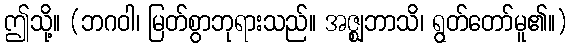
ဤသို့။ (ဘဂဝါ၊ မြတ်စွာဘုရားသည်။ အဇ္ဈဘာသိ၊ ရွတ်တော်မူ၏။)